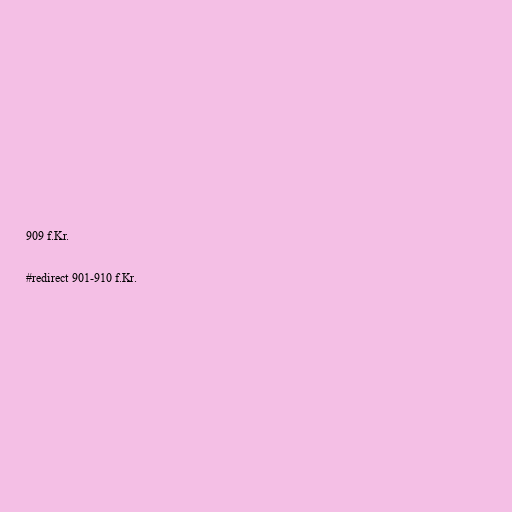
909 f.Kr.

#redirect 901-910 f.Kr.